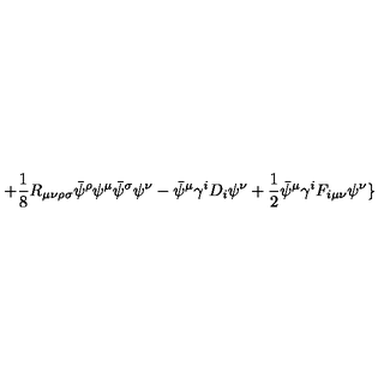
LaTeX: + \frac { 1 } { 8 } R _ { \mu \nu \rho \sigma } \bar { \psi } ^ { \rho } \psi ^ { \mu } \bar { \psi } ^ { \sigma } \psi ^ { \nu } - \bar { \psi } ^ { \mu } \gamma ^ { i } D _ { i } \psi ^ { \nu } + \frac { 1 } { 2 } \bar { \psi } ^ { \mu } \gamma ^ { i } F _ { i \mu \nu } \psi ^ { \nu } \}